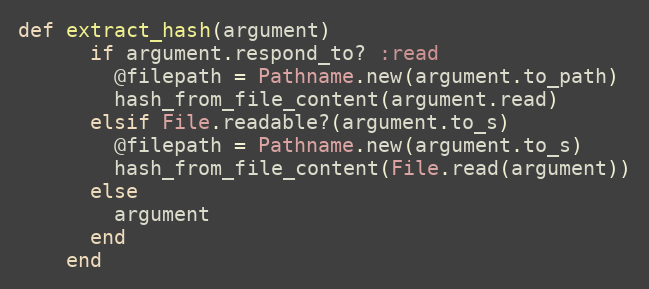
Language: Ruby
def extract_hash(argument)
      if argument.respond_to? :read
        @filepath = Pathname.new(argument.to_path)
        hash_from_file_content(argument.read)
      elsif File.readable?(argument.to_s)
        @filepath = Pathname.new(argument.to_s)
        hash_from_file_content(File.read(argument))
      else
        argument
      end
    end